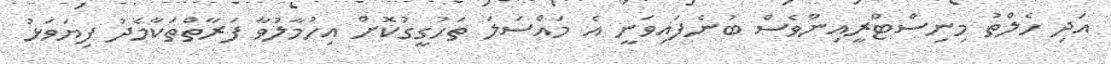
އަދި ހެލްތު މިނިސްޓްރީއިންވެސް ބުނެފައިވަނީ އެ މައްސަލަ ތަހުގީގުކޮށް އިހުމާލުވާ ފަރާތްތަކާމެދު ފިޔަވަޅު